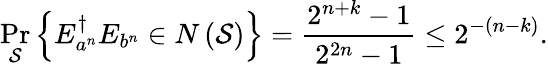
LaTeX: \operatorname*{Pr}_{\mathcal{S}}\left\{ E_{a^{n}}^{\dagger}E_{b^{n}}\in N\left({\mathcal{S}}\right)\right\} ={\frac{2^{n+k}-1}{2^{2n}-1}}\leq 2^{-\left(n-k\right)}.